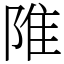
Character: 陮